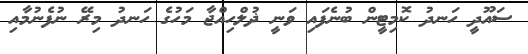
ސައޫދީ ހަނދު ކޮމިޓީން ބުނެފައި ވަނީ ޛުލްހިއްޖާ މަހުގެ ހަނދު މިރޭ ނުފެނުމާއި